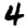
Digit: 4